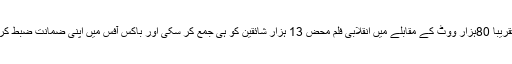
ان دونوں کے مشترکہ تقریباً 80ہزار ووٹ کے مقابلے میں انقلابی فلم محض 13 ہزار شائقین کو ہی جمع کر سکی اور باکس آفس میں اپنی ضمانت ضبط کرواتے کرواتے ہی بچی۔